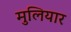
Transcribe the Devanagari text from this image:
मुलियार